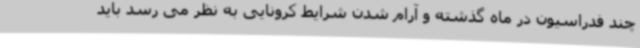
چند فدراسیون در ماه گذشته و آرام شدن شرایط کرونایی به نظر می رسد باید